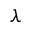
\lambda